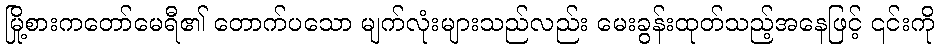
မြို့စားကတော်မေရီ၏ တောက်ပသော မျက်လုံးများသည်လည်း မေးခွန်းထုတ်သည့်အနေဖြင့် ၎င်းကို